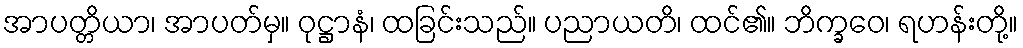
အာပတ္တိယာ၊ အာပတ်မှ။ ဝုဋ္ဌာနံ၊ ထခြင်းသည်။ ပညာယတိ၊ ထင်၏။ ဘိက္ခဝေ၊ ရဟန်းတို့။